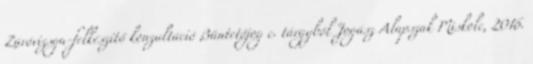
Záróvizsga-felkészítő konzultáció Büntetőjog c. tárgyból Jogász Alapszak Miskolc, 2016.